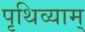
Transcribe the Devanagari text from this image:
पृथिव्याम्